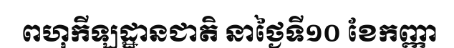
ពហុកីឡដ្ឋានជាតិ នាថ្ងៃទី១០ ខែកញ្ញា